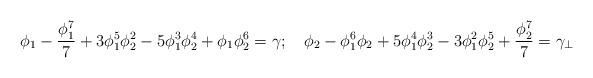
LaTeX: \begin{align*}\phi_1-\frac{\phi_1^7}{7}+3 \phi_1^5 \phi_2^2- 5 \phi_1^3 \phi_2^4+ \phi_1 \phi_2^6=\gamma;\hspace{0.4cm} \phi_2 - \phi_1^6 \phi_2 +5 \phi_1^4 \phi_2^3 -3\phi_1^2 \phi_2^5+\frac{\phi_2^7}{7} =\gamma_\perp\end{align*}